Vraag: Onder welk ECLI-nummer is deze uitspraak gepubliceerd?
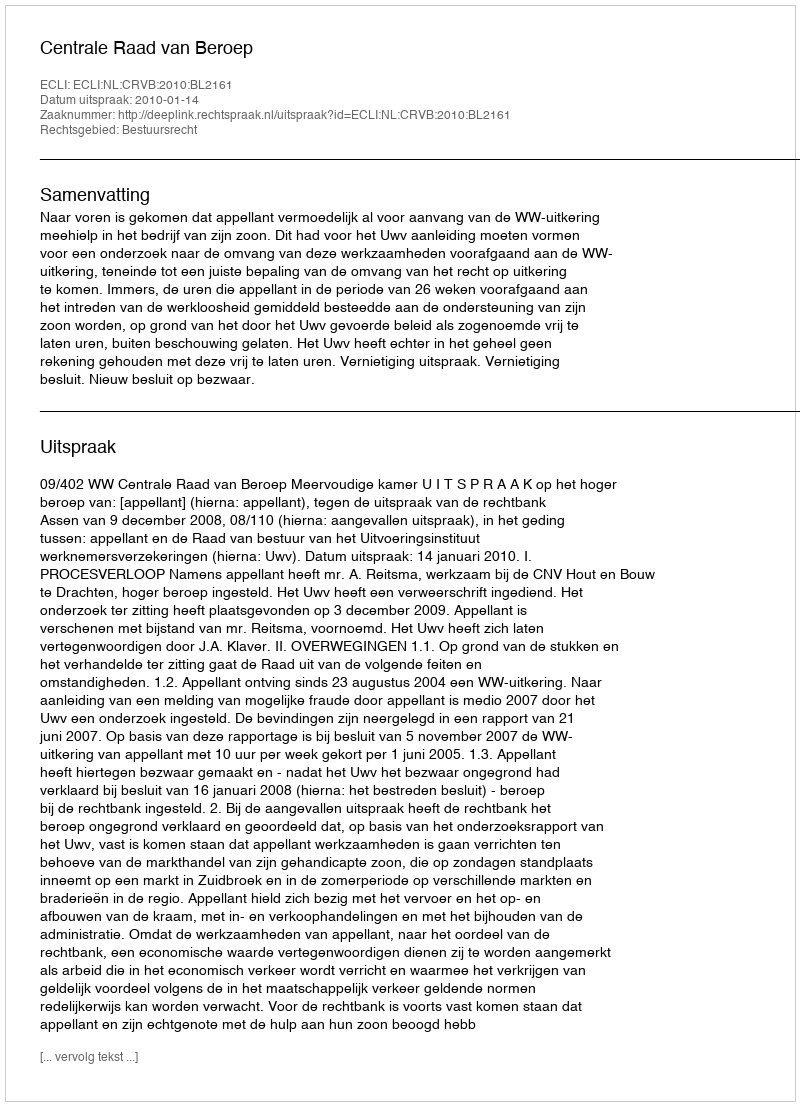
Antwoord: ECLI:NL:CRVB:2010:BL2161